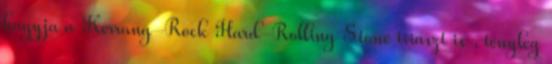
hagyja a Kerrang-Rock Hard-Rolling Stone triászt is , tényleg